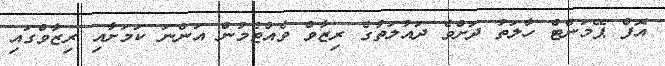
އޮފް ޕޭމަންޓް ހާލަތު ދަށްވެ ދައުލަތުގެ ރިޒާވް ވެއްޓެމުން އަންނަ ކަމަށާއި ރިޒާވްގައި